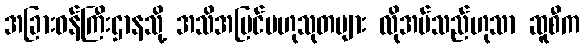
အခြားဝန်ကြီးဌာနသို့ အသိအမြင်ဗဟုသုတများ လိုအပ်သည်ဟုသာ ဆူစီက